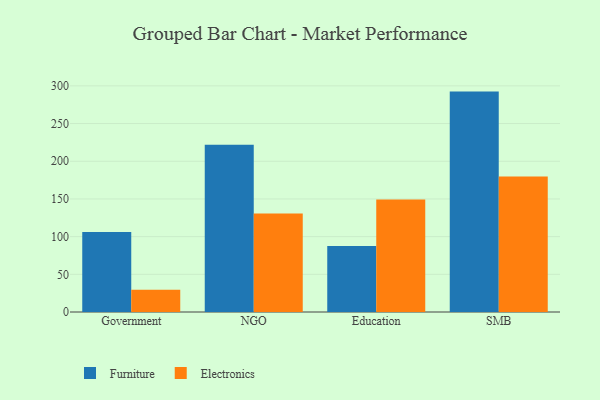
{"axis": {"x": "Segment", "y": "Humidity (%)"}, "legend": ["Electronics", "Furniture"], "data": [{"x": "Government", "y": 106.2, "type": "Furniture"}, {"x": "Government", "y": 29.6, "type": "Electronics"}, {"x": "NGO", "y": 221.8, "type": "Furniture"}, {"x": "NGO", "y": 130.8, "type": "Electronics"}, {"x": "Education", "y": 87.7, "type": "Furniture"}, {"x": "Education", "y": 149.4, "type": "Electronics"}, {"x": "SMB", "y": 292.4, "type": "Furniture"}, {"x": "SMB", "y": 179.6, "type": "Electronics"}]}